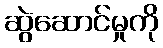
ဆွဲဆောင်မှုကို